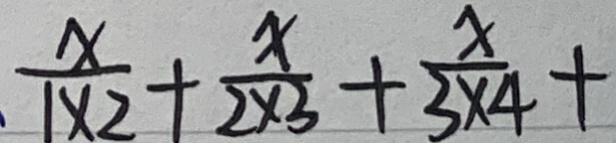
、 \frac { x } { 1 \times 2 } + \frac { x } { 2 \times 3 } + \frac { x } { 3 \times 4 } +